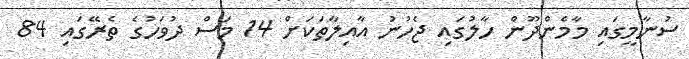
ސުނާމީގައި މާމެންދޫން ހާލުގައި ޖެހުނު އާއިލާތަކަށް 14 މަސް ދުވަހުގެ ތެރޭގައި 84